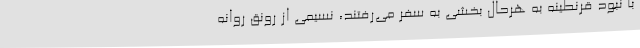
با نبود قرنطینه به هرحال بخشی به سفر می‌رفتند، نسیمی از رونق روانه